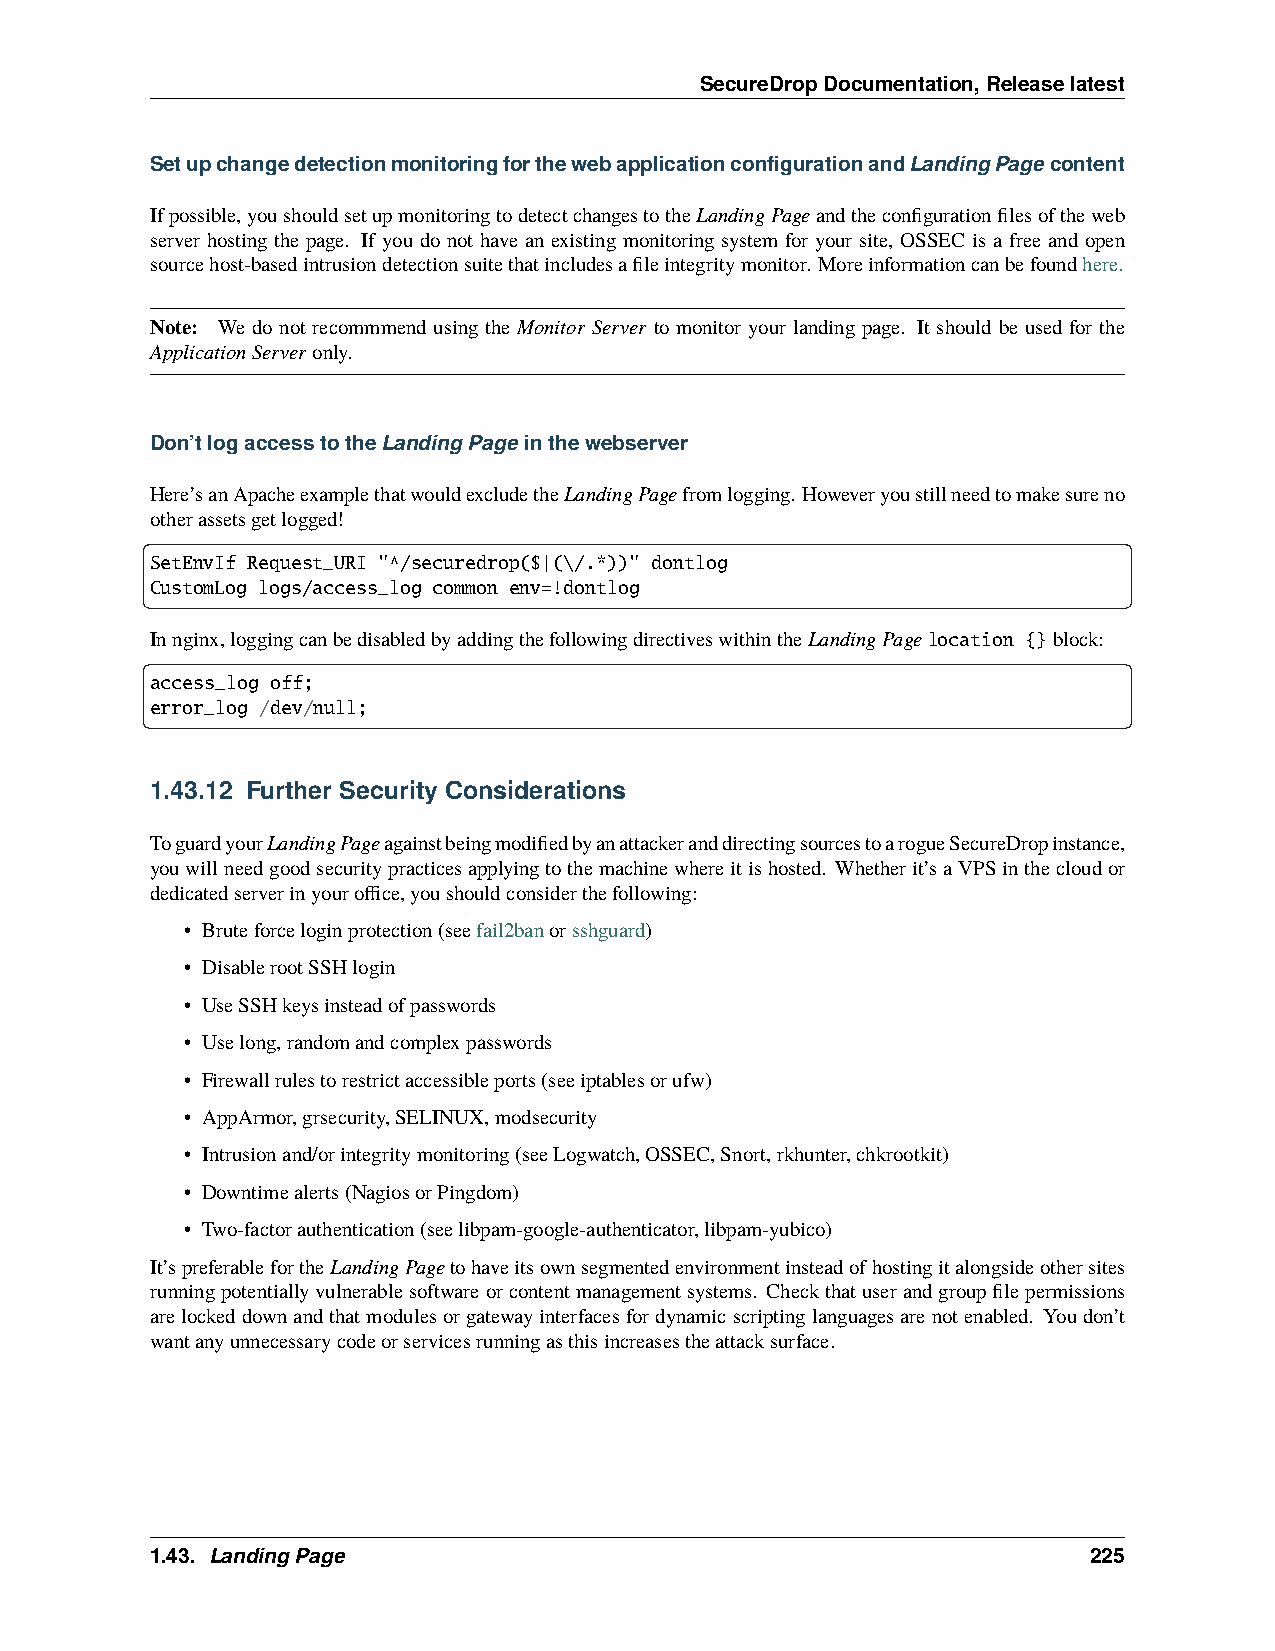
SecureDropDocumentation,Releaselatest
 SetupchangedetectionmonitoringforthewebapplicationconfigurationandLandingPagecontent
 Ifpossible,youshouldsetupmonitoringtodetectchangestotheLandingPageandtheconfigurationfilesoftheweb
 server hosting the page. If you do not have an existing monitoring system for your site, OSSEC is a free and open
 sourcehost-basedintrusiondetectionsuitethatincludesafileintegritymonitor. Moreinformationcanbefoundhere.
 Note: We do not recommmend using the Monitor Server to monitor your landing page. It should be used for the
 ApplicationServeronly.
 Don’tlogaccesstotheLandingPageinthewebserver
 Here’sanApacheexamplethatwouldexcludetheLandingPagefromlogging. Howeveryoustillneedtomakesureno
 otherassetsgetlogged!
 SetEnvIf Request_URI "^/securedrop($|(\/.*))" dontlog
 CustomLog logs/access_log common env=!dontlog
 Innginx,loggingcanbedisabledbyaddingthefollowingdirectiveswithintheLandingPagelocation {}block:
 access_log off;
 error_log /dev/null;
 1.43.12 Further Security Considerations
 ToguardyourLandingPageagainstbeingmodifiedbyanattackeranddirectingsourcestoarogueSecureDropinstance,
 youwillneedgoodsecuritypracticesapplyingtothemachinewhereitishosted. Whetherit’saVPSinthecloudor
 dedicatedserverinyouroffice,youshouldconsiderthefollowing:
 • Bruteforceloginprotection(seefail2banorsshguard)
 • DisablerootSSHlogin
 • UseSSHkeysinsteadofpasswords
 • Uselong,randomandcomplexpasswords
 • Firewallrulestorestrictaccessibleports(seeiptablesorufw)
 • AppArmor,grsecurity,SELINUX,modsecurity
 • Intrusionand/orintegritymonitoring(seeLogwatch,OSSEC,Snort,rkhunter,chkrootkit)
 • Downtimealerts(NagiosorPingdom)
 • Two-factorauthentication(seelibpam-google-authenticator,libpam-yubico)
 It’spreferablefortheLandingPagetohaveitsownsegmentedenvironmentinsteadofhostingitalongsideothersites
 runningpotentiallyvulnerablesoftwareorcontentmanagementsystems. Checkthatuserandgroupfilepermissions
 arelockeddownandthatmodulesorgatewayinterfacesfordynamicscriptinglanguagesarenotenabled. Youdon’t
 wantanyunnecessarycodeorservicesrunningasthisincreasestheattacksurface.
 1.43. LandingPage                                             225